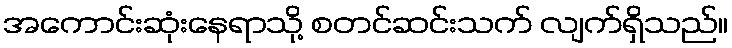
အကောင်းဆုံးနေရာသို့ စတင်ဆင်းသက် လျက်ရှိသည်။